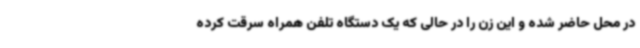
در محل حاضر شده و این زن را در حالی که یک دستگاه تلفن همراه سرقت کرده